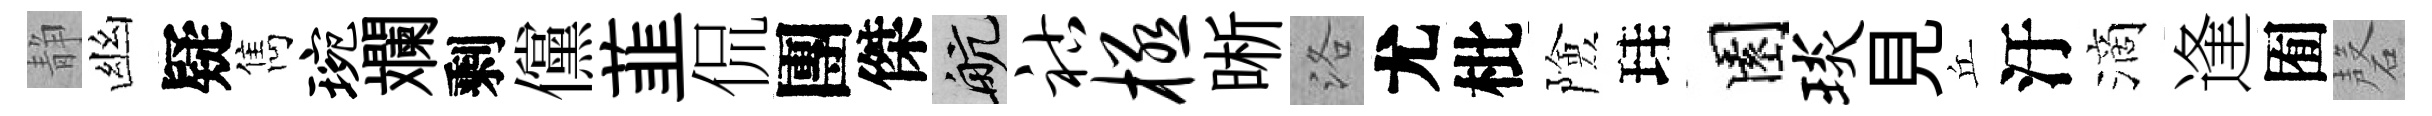
静幽疑雋琬斕剩儻韮侃團傑航祜极晰洛尤枇險珪園琰見丘汙滴逢囿磬